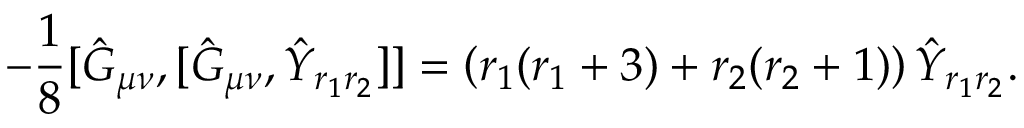
- \frac { 1 } { 8 } [ \hat { G } _ { \mu \nu } , [ \hat { G } _ { \mu \nu } , \hat { Y } _ { r _ { 1 } r _ { 2 } } ] ] = \left( r _ { 1 } ( r _ { 1 } + 3 ) + r _ { 2 } ( r _ { 2 } + 1 ) \right) \hat { Y } _ { r _ { 1 } r _ { 2 } } .